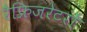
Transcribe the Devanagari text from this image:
रैफ्रिजरेटरों